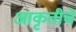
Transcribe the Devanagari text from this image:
आकृतीचे